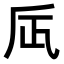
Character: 𠂮